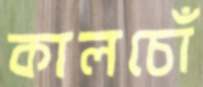
কালচোঁ